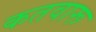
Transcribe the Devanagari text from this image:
कतवारू